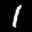
Label: 1